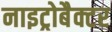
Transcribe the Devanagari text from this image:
नाइट्रोबैक्टर